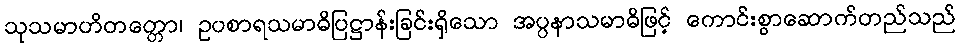
သုသမာဟိတတ္တော၊ ဥပစာရသမာဓိပြဋ္ဌာန်းခြင်းရှိသော အပ္ပနာသမာဓိဖြင့် ကောင်းစွာဆောက်တည်သည်